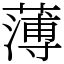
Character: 薄